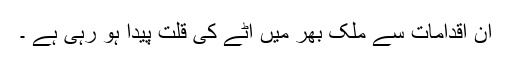
ان اقدامات سے ملک بھر میں آٹے کی قلت پیدا ہو رہی ہے ۔